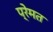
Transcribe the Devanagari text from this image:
प्रेमत